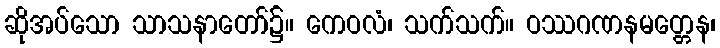
ဆိုအပ်သော သာသနာတော်၌။ ကေဝလံ၊ သက်သက်။ ဝဿဂဏနမတ္တေန၊